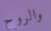
والروح